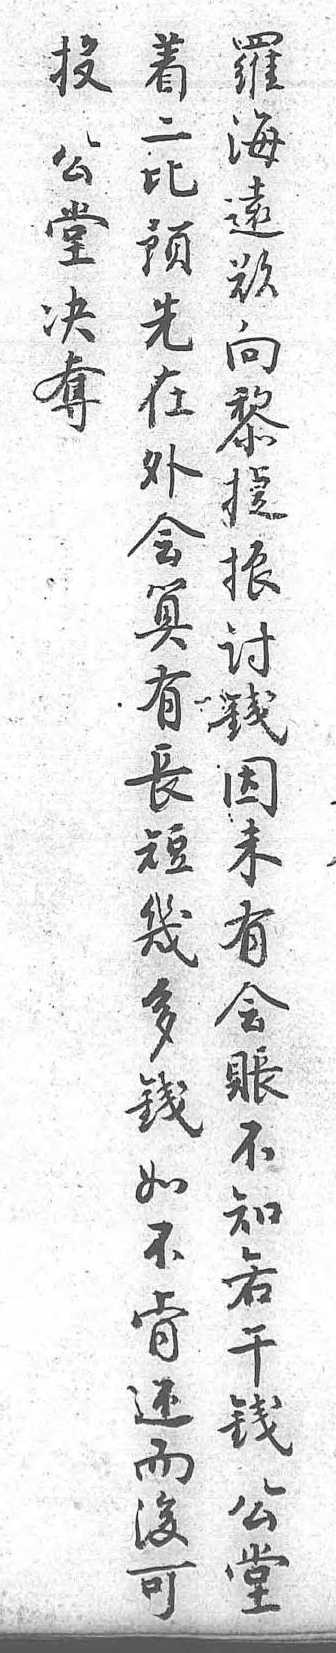
着投羅二公海比堂遠預決欲先奪向在 黎外 捷會 振算 討有 錢長 因短 未幾 有多 會錢 帳如 不不 知肯 若還 干而 錢後 公可 堂